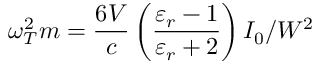
\omega _ { T } ^ { 2 } m = \frac { 6 V } { c } \left( \frac { \varepsilon _ { r } - 1 } { \varepsilon _ { r } + 2 } \right) I _ { 0 } / W ^ { 2 }